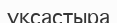
ұқсастыра